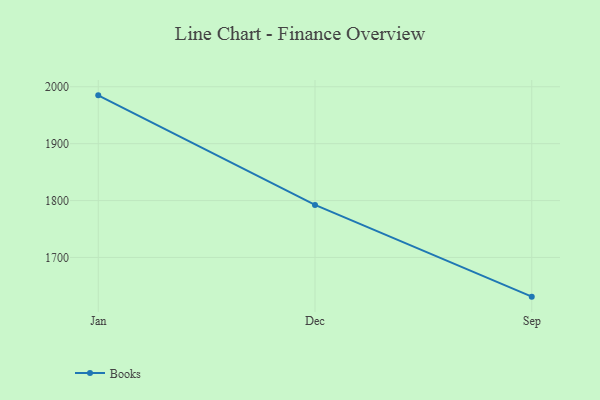
{"axis": {"x": "Month", "y": "Budget (USD K)"}, "legend": ["Books"], "data": [{"x": "Jan", "y": 1984.9, "type": "Books"}, {"x": "Dec", "y": 1792.3, "type": "Books"}, {"x": "Sep", "y": 1631.1, "type": "Books"}]}